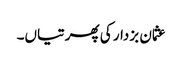
عثمان بزدار کی پھرتیاں۔